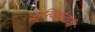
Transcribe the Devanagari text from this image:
तात्विकवादी